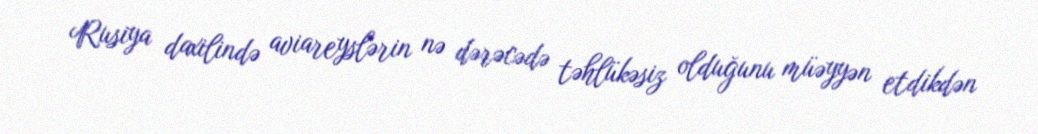
Rusiya daxilində aviareyslərin nə dərəcədə təhlükəsiz olduğunu müəyyən etdikdən